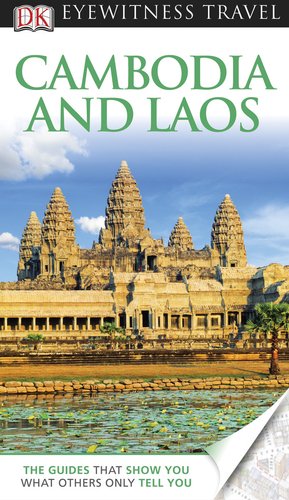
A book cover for Cambodia & Laos (EYEWITNESS TRAVEL GUIDE); DK Publishing; Travel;